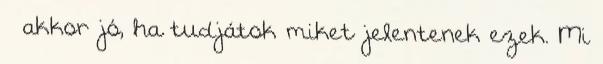
– akkor jó, ha tudjátok miket jelentenek ezek. Mi